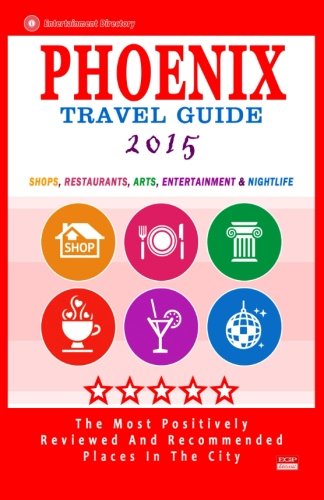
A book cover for Phoenix Travel Guide 2015: Shops, Restaurants, Arts, Entertainment and Nightlife in Phoenix, Arizona (City Travel Guide 2015).; Robert A. Theobald; Travel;